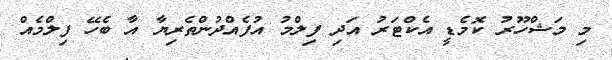
މި މަޝްހޫރު ކޮމެޑީ އެކްޓަރު އަދި ފިލްމު އުފެއްދުންތެރިޔާ އާ ބެހޭ ފިލްމެއް